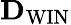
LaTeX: {\mathbf D}_{\mathrm{WIN}}